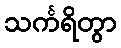
သင်္ကရိတွာ